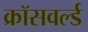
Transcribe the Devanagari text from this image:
क्रॉसवर्ल्ड